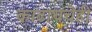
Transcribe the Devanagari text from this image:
काढायचेही